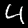
Digit: 4